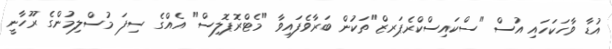
އުޑާ ވާހަކަހައި އުސް "ސްކައިސްކްރެޕަރޒް"ތަކުން ބަރާވެފައިވާ "މެޓްރޮޕޮލިސް" އެއްގެ ސިފަ މުސްލިމުންގެ ރޫހާނީ